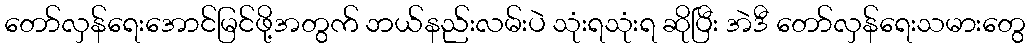
တော်လှန်ရေးအောင်မြင်ဖို့အတွက် ဘယ်နည်းလမ်းပဲ သုံးရသုံးရ ဆိုပြီး အဲဒီ တော်လှန်ရေးသမားတွေ